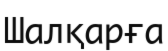
Шалқарға